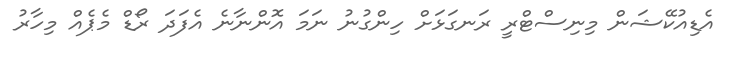
އެޑިއުކޭޝަން މިނިސްޓްރީ ރަނގަޅަށް ހިންގުނު ނަމަ އޮންނާނެ އެފަދަ ރޯޑް މެޕެއް މިހާރު